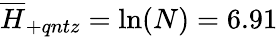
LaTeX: \overline{{H}}_{+qntz}=\ln(N)=6.91